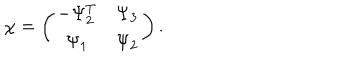
\chi = \left( \begin{array} { c c } { { - \Psi _ { 2 } ^ { T } } } & { { \Psi _ { 3 } } } \\ { { \Psi _ { 1 } } } & { { \Psi _ { 2 } } } \\ \end{array} \right) .